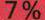
7 %